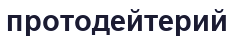
протодейтерий